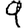
Digit: 9